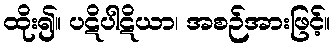
ထိုး၍။ ပဋိပါဋိယာ၊ အစဉ်အားဖြင့်။